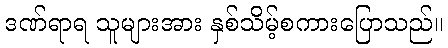
ဒဏ်ရာရ သူများအား နှစ်သိမ့်စကားပြောသည်။